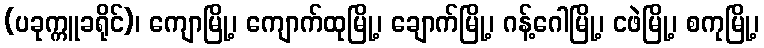
(ပခုက္ကူခရိုင်)၊ ကျောမြို့၊ ကျောက်ထုမြို့၊ ချောက်မြို့၊ ဂန့်ဂေါမြို့၊ ငဖဲမြို့၊ စကုမြို့၊